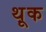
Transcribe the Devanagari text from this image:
थ़ूक